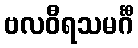
ဗလဝီရသမင်္ဂီ